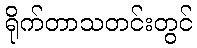
ရိုက်တာသတင်းတွင်